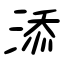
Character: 添